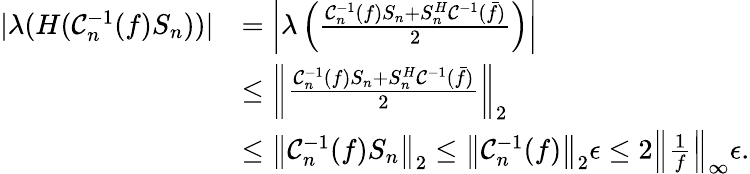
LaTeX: \begin{array}{rl}{\vert\lambda(H(\mathcal{C}_{n}^{-1}(f)S_{n}))\vert}&{=\left\vert\lambda\left(\frac{\mathcal{C}_{n}^{-1}(f)S_{n}+S_{n}^{H}\mathcal{C}^{-1}(\bar{f})}{2}\right)\right\vert}\\ &{\leq\left\Vert\frac{\mathcal{C}_{n}^{-1}(f)S_{n}+S_{n}^{H}\mathcal{C}^{-1}(\bar{f})}{2}\right\Vert_{2}}\\ &{\leq\left\Vert\mathcal{C}_{n}^{-1}(f)S_{n}\right\Vert_{2}\leq\left\Vert\mathcal{C}_{n}^{-1}(f)\right\Vert_{2}\epsilon\leq 2\left\Vert\frac{1}{f}\right\Vert_{\infty}\epsilon.}\end{array}